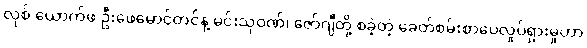
လုစ် ယောက်ဖ ဦးဖေမောင်တင်နဲ့ မင်းသုဝဏ်၊ ဇော်ဂျီတို့ စခဲ့တဲ့ ခေတ်စမ်းစာပေလှုပ်ရှားမှုဟာ